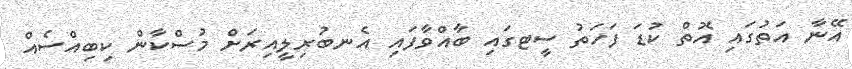
އޭނާ އަތުގައި އޮތް ކުޑަ ފަހަތު ސީޓގައި ބާއްވާފައި އެނބުރިލީއިރަށް މުސްކާން ކިބިއްސެއް